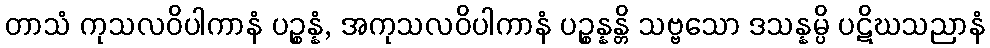
တာသံ ကုသလဝိပါကာနံ ပဉ္စန္နံ, အကုသလဝိပါကာနံ ပဉ္စန္နန္တိ သဗ္ဗသော ဒသန္နမ္ပိ ပဋိဃသညာနံ